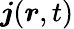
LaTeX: \boldsymbol{j}(\boldsymbol{r},t)